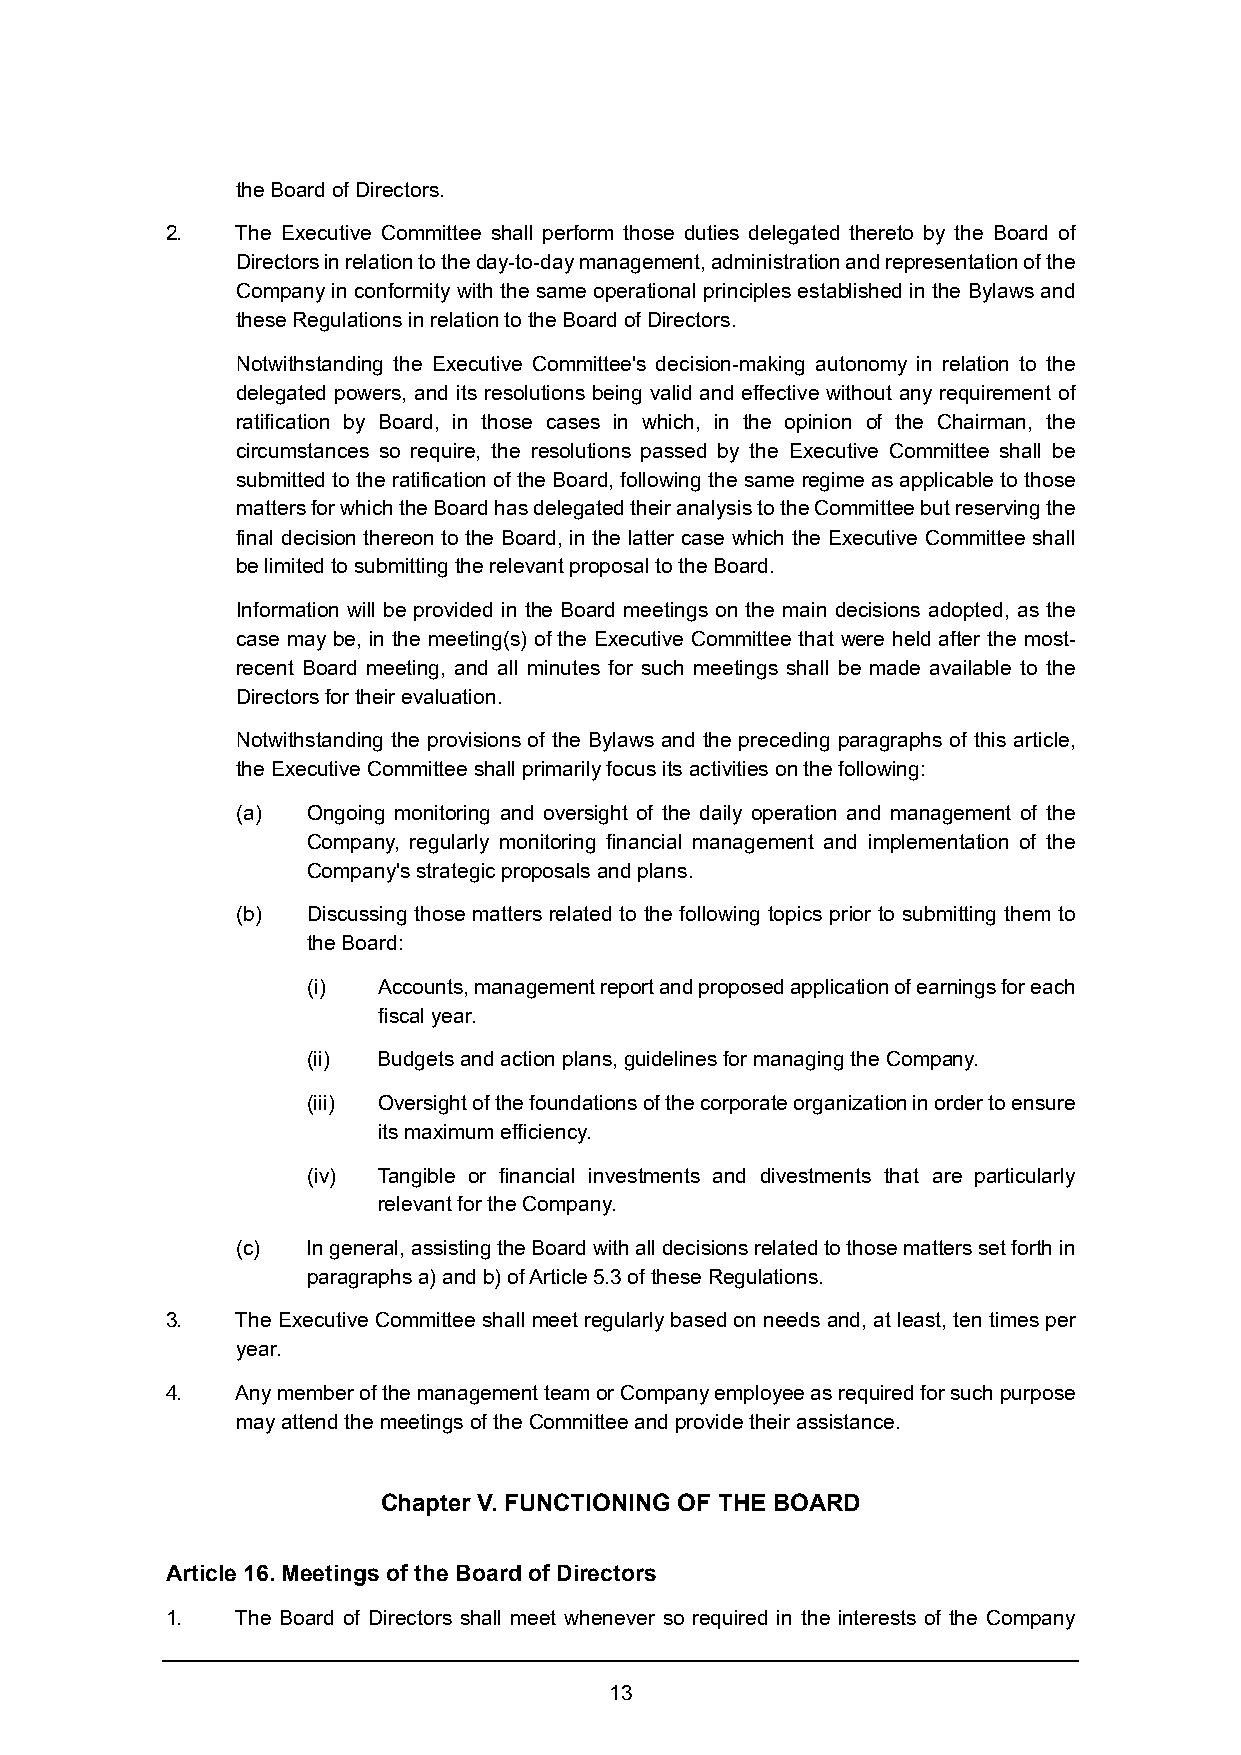
the Board of Directors.
 2.   The Executive Committee shall perform those duties delegated thereto by the Board of
 Directors in relation to the day-to-day management, administration and representation of the
 Company in conformity with the same operational principles established in the Bylaws and
 these Regulations in relation to the Board of Directors.
 Notwithstanding the Executive Committee's decision-making autonomy in relation to the
 delegated powers, and its resolutions being valid and effective without any requirement of
 ratification by Board, in those cases in which, in the opinion of the Chairman, the
 circumstances so require, the resolutions passed by the Executive Committee shall be
 submitted to the ratification of the Board, following the same regime as applicable to those
 matters for which the Board has delegated their analysis to the Committee but reserving the
 final decision thereon to the Board, in the latter case which the Executive Committee shall
 be limited to submitting the relevant proposal to the Board.
 Information will be provided in the Board meetings on the main decisions adopted, as the
 case may be, in the meeting(s) of the Executive Committee that were held after the most-
 recent Board meeting, and all minutes for such meetings shall be made available to the
 Directors for their evaluation.
 Notwithstanding the provisions of the Bylaws and the preceding paragraphs of this article,
 the Executive Committee shall primarily focus its activities on the following:
 (a) Ongoing monitoring and oversight of the daily operation and management of the
 Company, regularly monitoring financial management and implementation of the
 Company's strategic proposals and plans.
 (b) Discussing those matters related to the following topics prior to submitting them to
 the Board:
 (i)  Accounts, management report and proposed application of earnings for each
 fiscal year.
 (ii) Budgets and action plans, guidelines for managing the Company.
 (iii) Oversight of the foundations of the corporate organization in order to ensure
 its maximum efficiency.
 (iv) Tangible or financial investments and divestments that are particularly
 relevant for the Company.
 (c) In general, assisting the Board with all decisions related to those matters set forth in
 paragraphs a) and b) of Article 5.3 of these Regulations.
 3.   The Executive Committee shall meet regularly based on needs and, at least, ten times per
 year.
 4.   Any member of the management team or Company employee as required for such purpose
 may attend the meetings of the Committee and provide their assistance.
 Chapter V. FUNCTIONING OF THE BOARD
 Article 16. Meetings of the Board of Directors
 1.   The Board of Directors shall meet whenever so required in the interests of the Company
 13